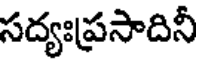
సద్యఃప్రసాదినీ